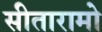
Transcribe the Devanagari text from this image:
सीतारामो